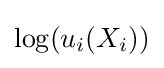
\log(u_{i}(X_{i}))